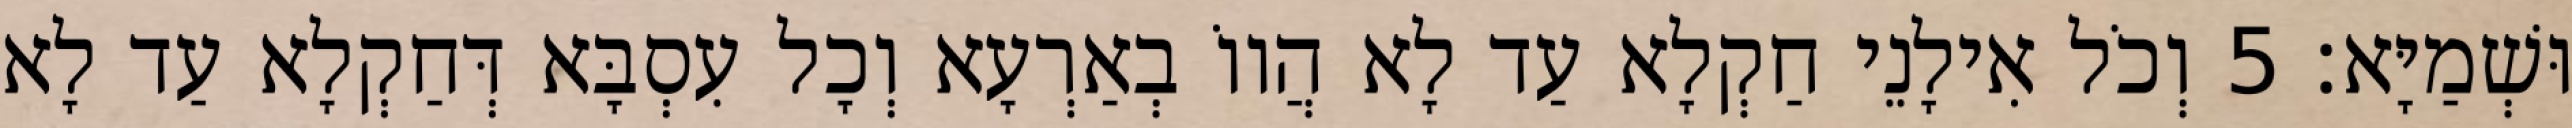
וּשְׁמַיָּא׃ 5 וְכֹל אִילָנֵי חַקְלָא עַד לָא הֲווֹ בְאַרְעָא וְכָל עִסְבָּא דְּחַקְלָא עַד לָא